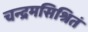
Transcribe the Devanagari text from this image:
चन्द्रमसिश्रितं